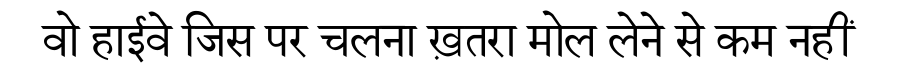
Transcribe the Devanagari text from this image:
वो हाईवे जिस पर चलना ख़तरा मोल लेने से कम नहीं